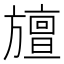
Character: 𭥆